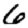
Digit: 6